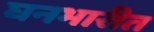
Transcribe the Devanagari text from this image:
घनभारीत